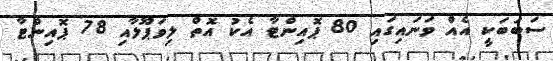
ސަބަބަކީ އެއް ވަނައިގައި 80 ޕޮއިންޓާ އެކު އޮތް ލިވަޕޫލާއި 78 ޕޮއިންޓާ